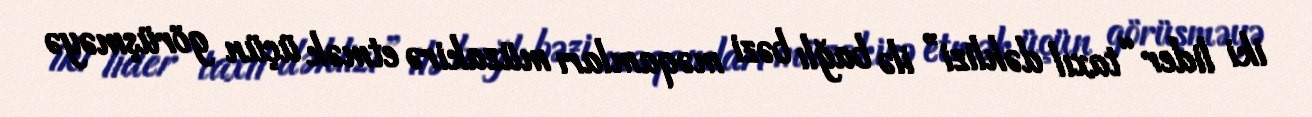
iki lider “taxıl dəhlizi” ilə bağlı bəzi məqamları müzakirə etmək üçün görüşməyə